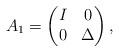
LaTeX: \begin{align*}A_1=\begin{pmatrix}I&0\\0&\Delta\end{pmatrix},\end{align*}